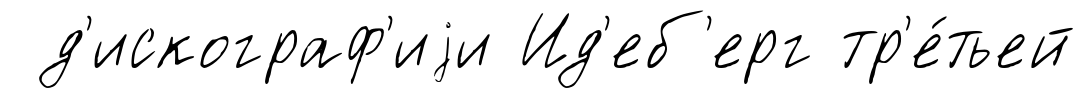
д'искограф'иjи Ид'еб'ерг тр'е́тьей